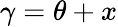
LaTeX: \gamma=\theta+x